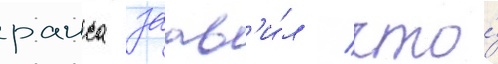
раиса заав'и́л / что́